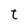
Character: t